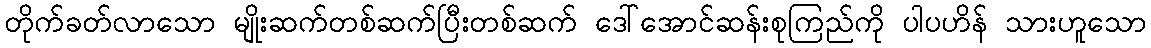
တိုက်ခတ်လာသော မျိုးဆက်တစ်ဆက်ပြီးတစ်ဆက် ဒေါ်အောင်ဆန်းစုကြည်ကို ပါပဟိန် သားဟူသော